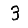
Digit: 3